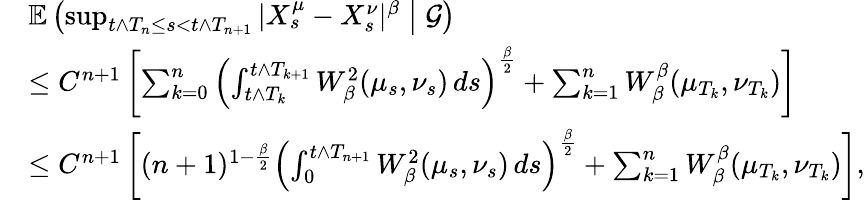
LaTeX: \begin{array}{rl}&{\mathbb{E}\left(\operatorname*{sup}_{t\wedge T_{n}\leq s<t\wedge T_{n+1}}|X_{s}^{\mu}-X_{s}^{\nu}|^{\beta}\bigm|\mathcal{G}\right)}\\ &{\leq C^{n+1}\left[\sum_{k=0}^{n}\left(\int_{t\wedge T_{k}}^{t\wedge T_{k+1}}W_{\beta}^{2}(\mu_{s},\nu_{s})\, ds\right)^{\frac{\beta}{2}}+\sum_{k=1}^{n}W_{\beta}^{\beta}(\mu_{T_{k}},\nu_{T_{k}})\right]}\\ &{\leq C^{n+1}\left[(n+1)^{1-\frac{\beta}{2}}\left(\int_{0}^{t\wedge T_{n+1}}W_{\beta}^{2}(\mu_{s},\nu_{s})\, ds\right)^{\frac{\beta}{2}}+\sum_{k=1}^{n}W_{\beta}^{\beta}(\mu_{T_{k}},\nu_{T_{k}})\right],}\end{array}